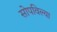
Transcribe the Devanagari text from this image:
सोपविल्या